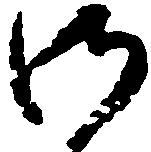
御